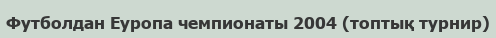
Футболдан Еуропа чемпионаты 2004 (топтық турнир)